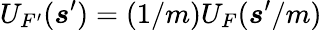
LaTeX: U_{F^{\prime}}(\boldsymbol s^{\prime})=(1/m)U_{F}(\boldsymbol s^{\prime}/m)